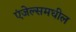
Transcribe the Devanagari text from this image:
एंजेल्समधील